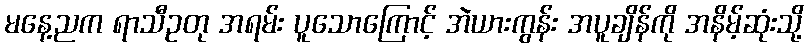
မနေ့ညက ရာသီဥတု အရမ်း ပူသောကြောင့် အဲယားကွန်း အပူချိန်ကို အနိမ့်ဆုံးသို့